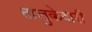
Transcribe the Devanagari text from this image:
तालुकेदारी